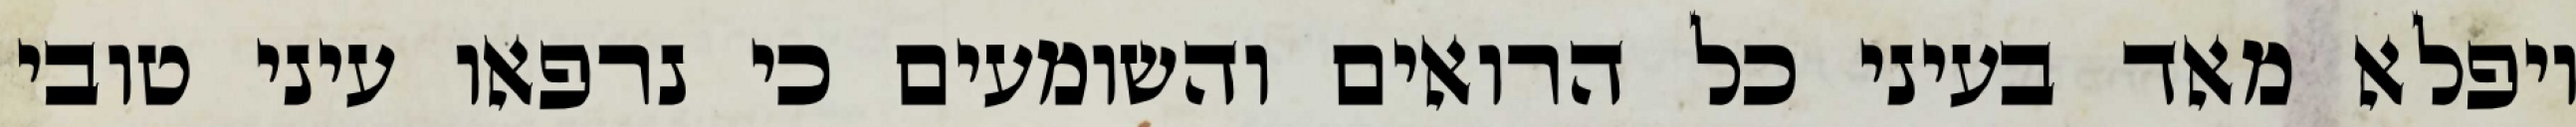
ויפלא מאד בעיני כל הרואים והשומעים כי נרפאו עיני טובי